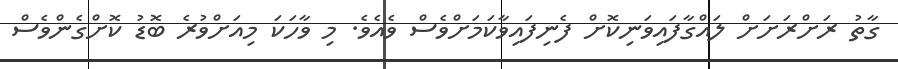
ގާތު ރަށްރަށަށް ލައްގާފައިވަނިކޮށް ފެނިފައިވާކަމަށްވެސް ވެއެވެ. މި ވާހަކަ މިއަށްވުރެ ބޮޑު ކޮށްގެންވެސް